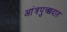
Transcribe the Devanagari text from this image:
आंत्रपुच्छदाह